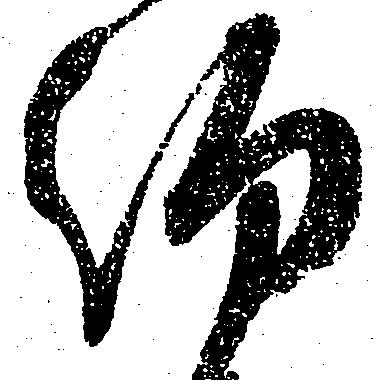
約